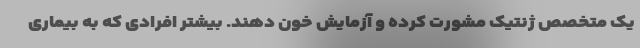
یک متخصص ژنتیک مشورت کرده و آزمایش خون دهند. بیشتر افرادی که به بیماری